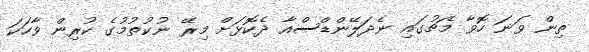
ތިން ވަނަ ހޮވާ މެޗުގައި ނެދަލޭންޑްސްއާ ދެކޮޅަށް މިރޭ ނުކުތުމުގެ ކުރިން ވާހަކަ